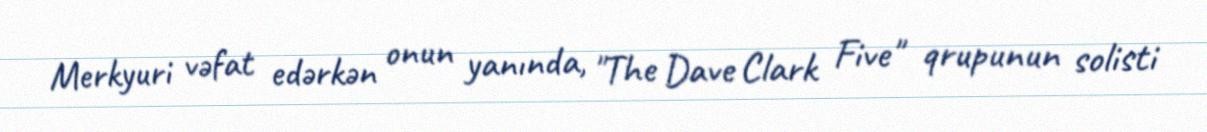
Merkyuri vəfat edərkən onun yanında, "The Dave Clark Five" qrupunun solisti